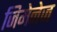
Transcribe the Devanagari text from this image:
जिमेनेज